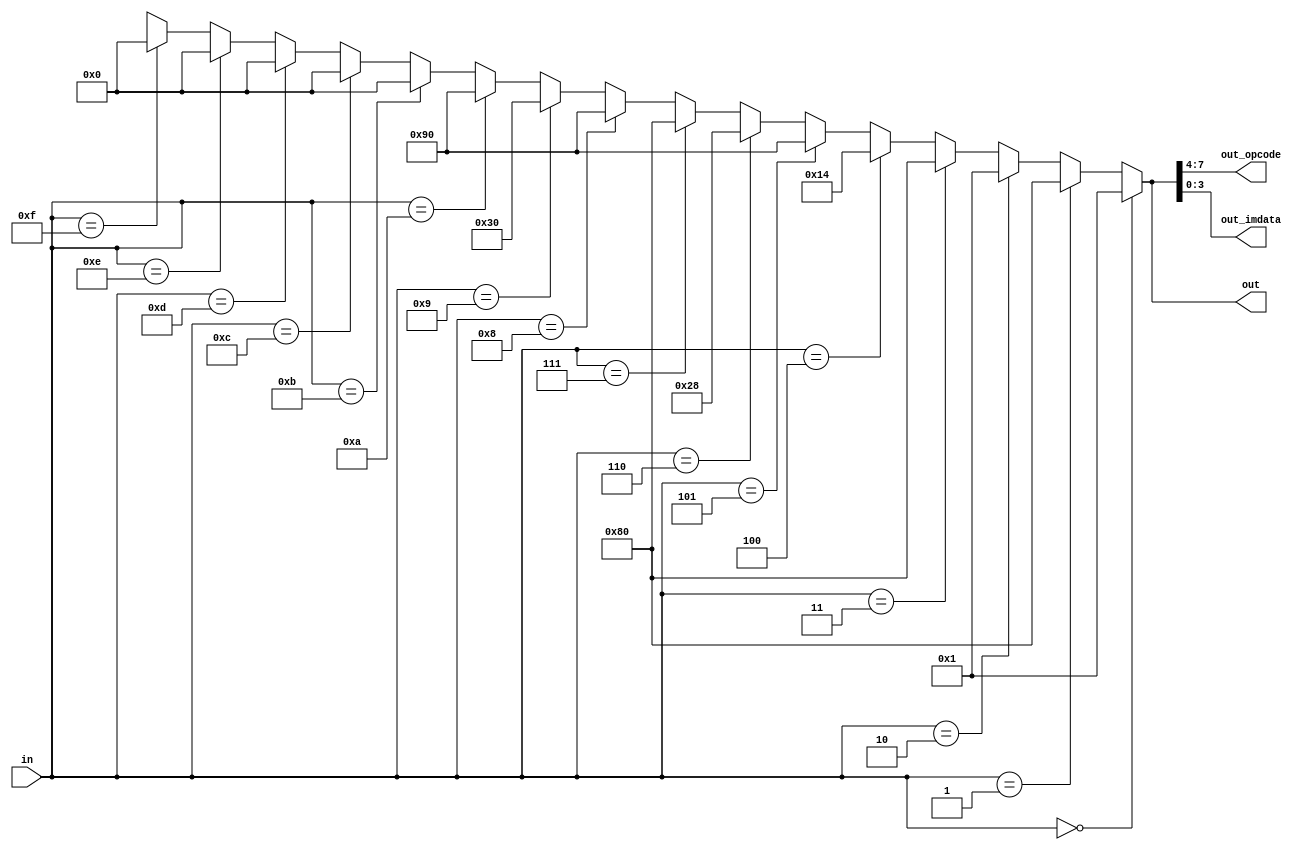
module rom(in, out, out_opcode, out_imdata);

// rom 

input [3:0] in;
output [7:0] out;
output [3:0] out_opcode;
output [3:0] out_imdata;
wire [3:0] in;
wire [7:0] out;
wire [3:0] out_opcode;
wire [3:0] out_imdata;

assign out = func_rom(in);
assign out_opcode = out[7:4];
assign out_imdata = out[3:0];

function [7:0] func_rom;
    input [3:0] in;

    // add A 0001
    if (in == 4'b0000) begin
        func_rom = 8'b00000001;

    // out A (0001)
    end else if (in == 4'b0001) begin
        func_rom = 8'b10000000;

    // add A 0001
    end else if (in == 4'b0010) begin
        func_rom = 8'b00000001;

    // out A (0010)
    end else if (in == 4'b0011) begin
        func_rom = 8'b10000000;

    // add B 0100
    end else if (in == 4'b0100) begin
        func_rom = 8'b00010100;

    // out B (0100)
    end else if (in == 4'b0101) begin
        func_rom = 8'b10010000;

    // mov A 1000
    end else if (in == 4'b0110) begin
        func_rom = 8'b00101000;

    // out A (1000)
    end else if (in == 4'b0111) begin
        func_rom = 8'b10000000;

    // out B (0100)
    end else if (in == 4'b1000) begin
        func_rom = 8'b10010000;

    // mv B 0000
    end else if (in == 4'b1001) begin
        func_rom = 8'b00110000;

    // out B (0000)
    end else if (in == 4'b1010) begin
        func_rom = 8'b10010000;

    // address 1011
    end else if (in == 4'b1011) begin
        func_rom = 8'b00000000;

    // address 1100
    end else if (in == 4'b1100) begin
        func_rom = 8'b00000000;

    // address 1101
    end else if (in == 4'b1101) begin
        func_rom = 8'b00000000;

    // address 1110
    end else if (in == 4'b1110) begin
        func_rom = 8'b00000000;

    // address 1111
    end else if (in == 4'b1111) begin
        func_rom = 8'b00000000;

    end

endfunction

endmodule